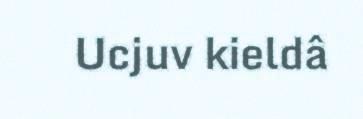
Ucjuv kieldâ